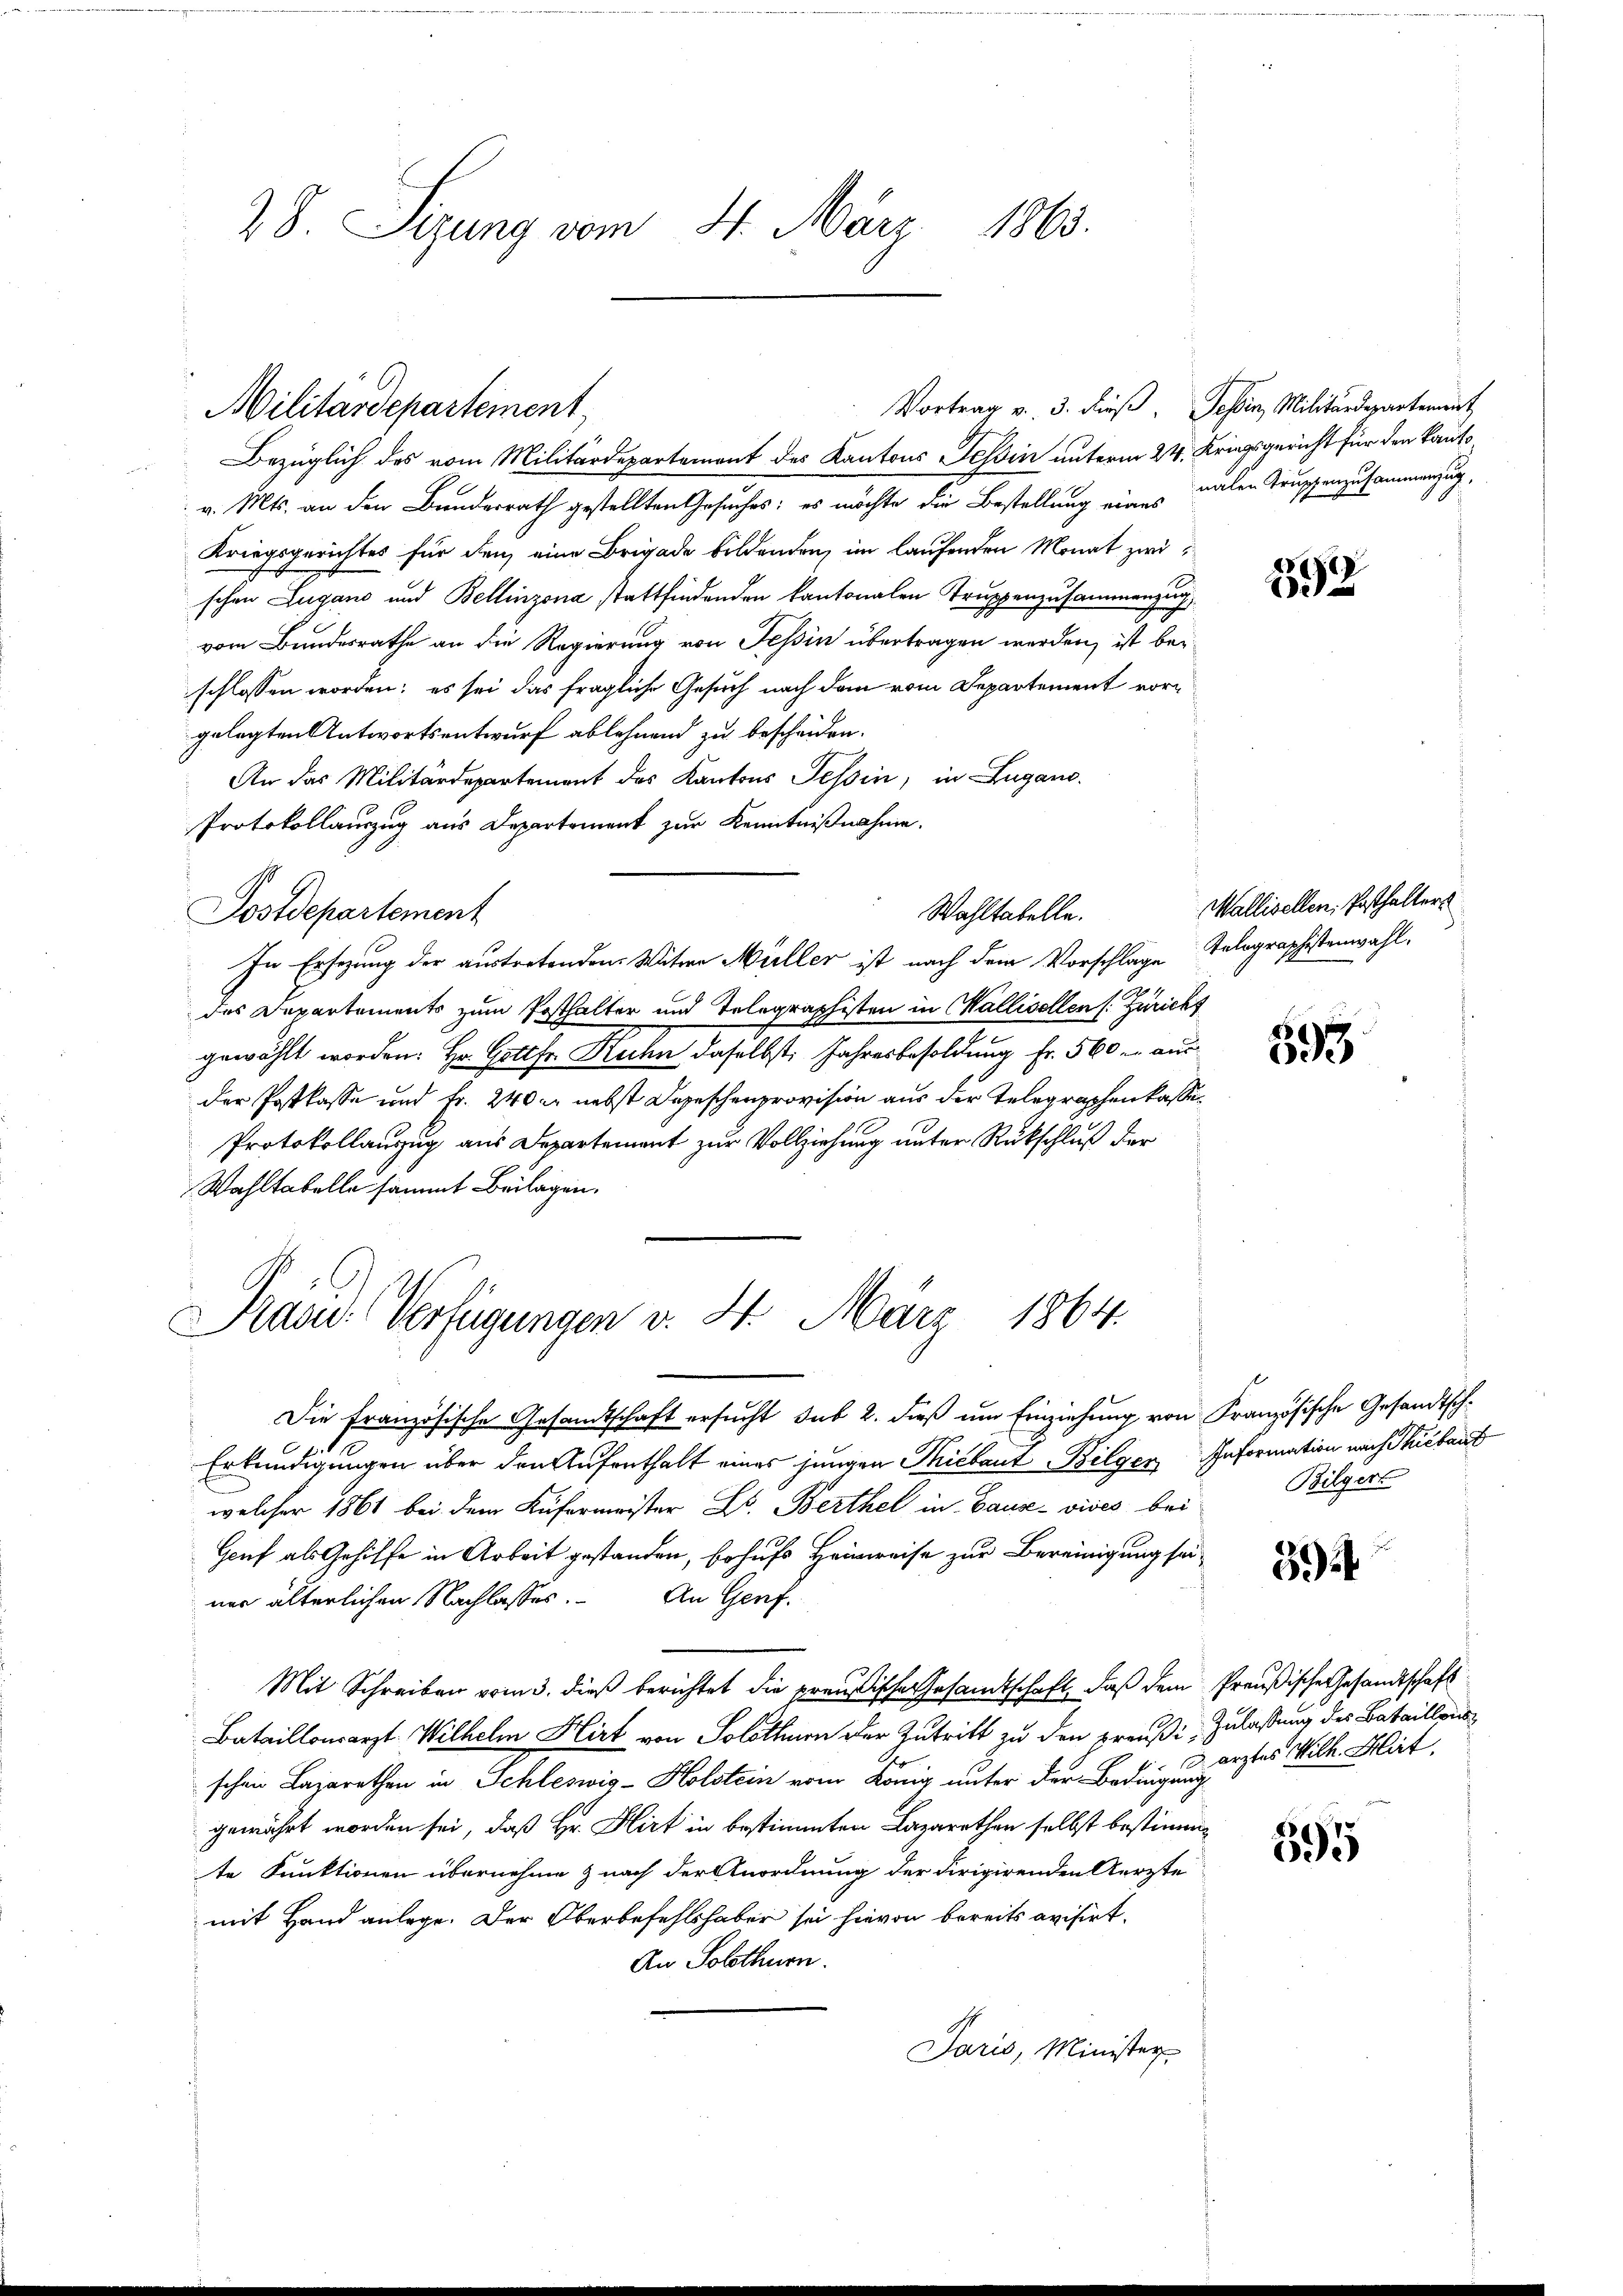
28. Sigung vom 4. März 1863.

Bezüglich des vom Militärdepartement des Kantons Tessin unterm 24. Kriegsgericht für den Kauf¬
 v. Mts. an den Bundesrath gestellten Gesuches: es möchte die Bestellung eines valen Truppenzusammengung,
Kriegsgerichtes für den eine Brigade bildenden, im laufenden Monat zwi
schen Lugano und Bellinzona stattfindenden kantonalen Truppenzusammenzung
vom Bundesrathe an die Regierung von Tessin übertragen werden, ist bei
schlossen worden; es sei das fragliche Gesuch nach dem vom Departement vorgelegten Antwortsentwurf ablehnend zu bescheiden.
An das Militärdepartement des Kantons Tessin, in Lugano.
Protokollauszug aus Departement zur Kenntnißnahme.
Postdepartement
Wahltabelle.
In Ersezung der austretenden Witwe Müller ist nach dem Vorschlage Tolographistenwahl.
des Departements zum Posthalter und Telegraphisten in Wallisellen (: Züricht
gewählt worden: Hr. Gottfr. Rechn daselbst: Jahresbesoldung Fr. 560. aus
der Postkasse und Fr. 240 er nebst Depeschenprovision aus der Telegraphenkasse.
Protokollauszug aus Departement zur Vollziehung unter Rückschluß der
Wahltabelle sammt Beilagen.

Militärdepartement

Präsid. Verfügungen v. 2. März 1864.

Vortrag v. 3. dieß. Tessin, Militärdepartement

Die Französische Gesandtschaft ersucht sub 2. dieß um Einziehung von Französische Gesandtsch¬
Erkundigungen über den Aufenthalt eines jungen Thiebaut Bilger Information nach Thibaut
welcher 1861 bei dem Küfermeister L. Berthel in Bause - vises bei
Genf als Gehilfe in Arbeit gestanden, behufs Heimweise zur Bereinigung seiner älterlichen Nachlasses. An Genf.
Mit Schreiben vom 3. dieß berichtet die preußische Gesandtschaft, daß dem Preußische Gesandtschaft
Bataillonsarzt Wilhelm Hirt von Solothurn der Zutritt zu den Preußi, Zulassung des Bataillons
schen Lazarethen in Schleswig-Holstein vom König unter der Bedingung
gewährt worden sei, daß Hr. Hirt in bestimmten Lazarethen selbst bestimmte Funktionen übernehme & nach der Anordnung der dirigirenden Aerzte
mit Hand anlege. Der Oberbefehlshaber sei hievon bereits avisirt.
An Solothurn.
Paris, Minister

892

Wallisellen, Posthalters

250
Die

Bilger

3)

ärztes Wilh. Wirt

595